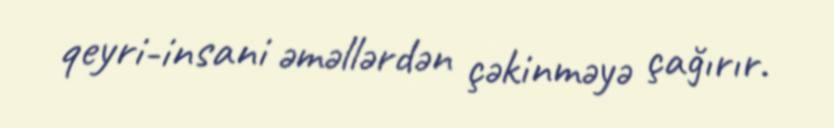
qeyri-insani əməllərdən çəkinməyə çağırır.